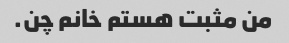
من مثبت هستم خانم چن.